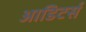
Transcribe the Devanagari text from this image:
आडिटर्स